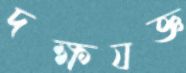
দক্ষযজ্ঞ